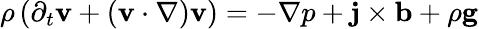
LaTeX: \rho\left(\partial_{t}{\mathbf{v}}+({\mathbf{v}}\cdot\nabla){\mathbf{v}}\right)=-\nabla p+{\mathbf{j}}\times{\mathbf{b}}+\rho{\mathbf{g}}